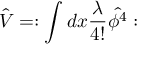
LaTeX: \hat { V } = : \int d x \frac { \lambda } { 4 ! } \hat { \phi ^ { 4 } } :